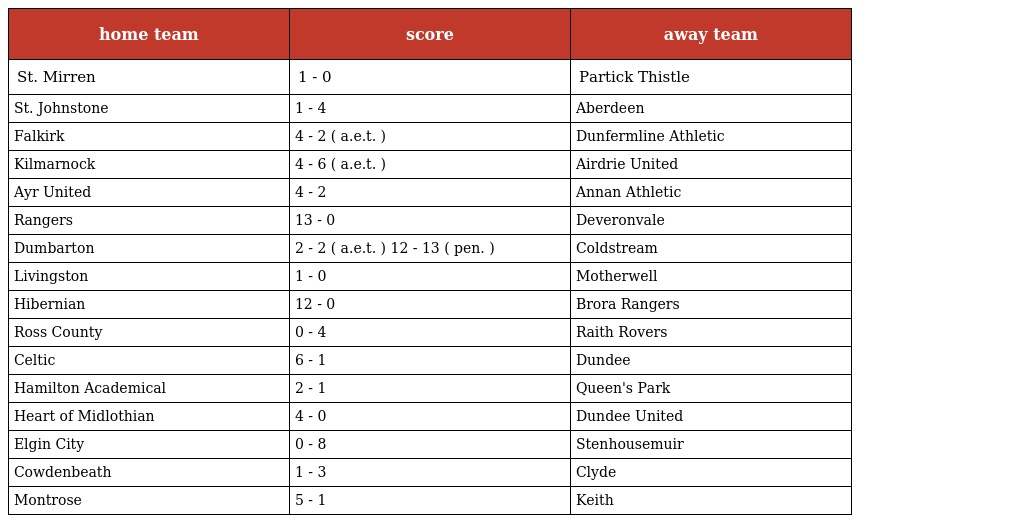
| home team | score | away team |
 | --- | --- | --- |
 | St. Mirren | 1 - 0 | Partick Thistle |
 | St. Johnstone | 1 - 4 | Aberdeen |
 | Falkirk | 4 - 2 ( a.e.t. ) | Dunfermline Athletic |
 | Kilmarnock | 4 - 6 ( a.e.t. ) | Airdrie United |
 | Ayr United | 4 - 2 | Annan Athletic |
 | Rangers | 13 - 0 | Deveronvale |
 | Dumbarton | 2 - 2 ( a.e.t. ) 12 - 13 ( pen. ) | Coldstream |
 | Livingston | 1 - 0 | Motherwell |
 | Hibernian | 12 - 0 | Brora Rangers |
 | Ross County | 0 - 4 | Raith Rovers |
 | Celtic | 6 - 1 | Dundee |
 | Hamilton Academical | 2 - 1 | Queen's Park |
 | Heart of Midlothian | 4 - 0 | Dundee United |
 | Elgin City | 0 - 8 | Stenhousemuir |
 | Cowdenbeath | 1 - 3 | Clyde |
 | Montrose | 5 - 1 | Keith |